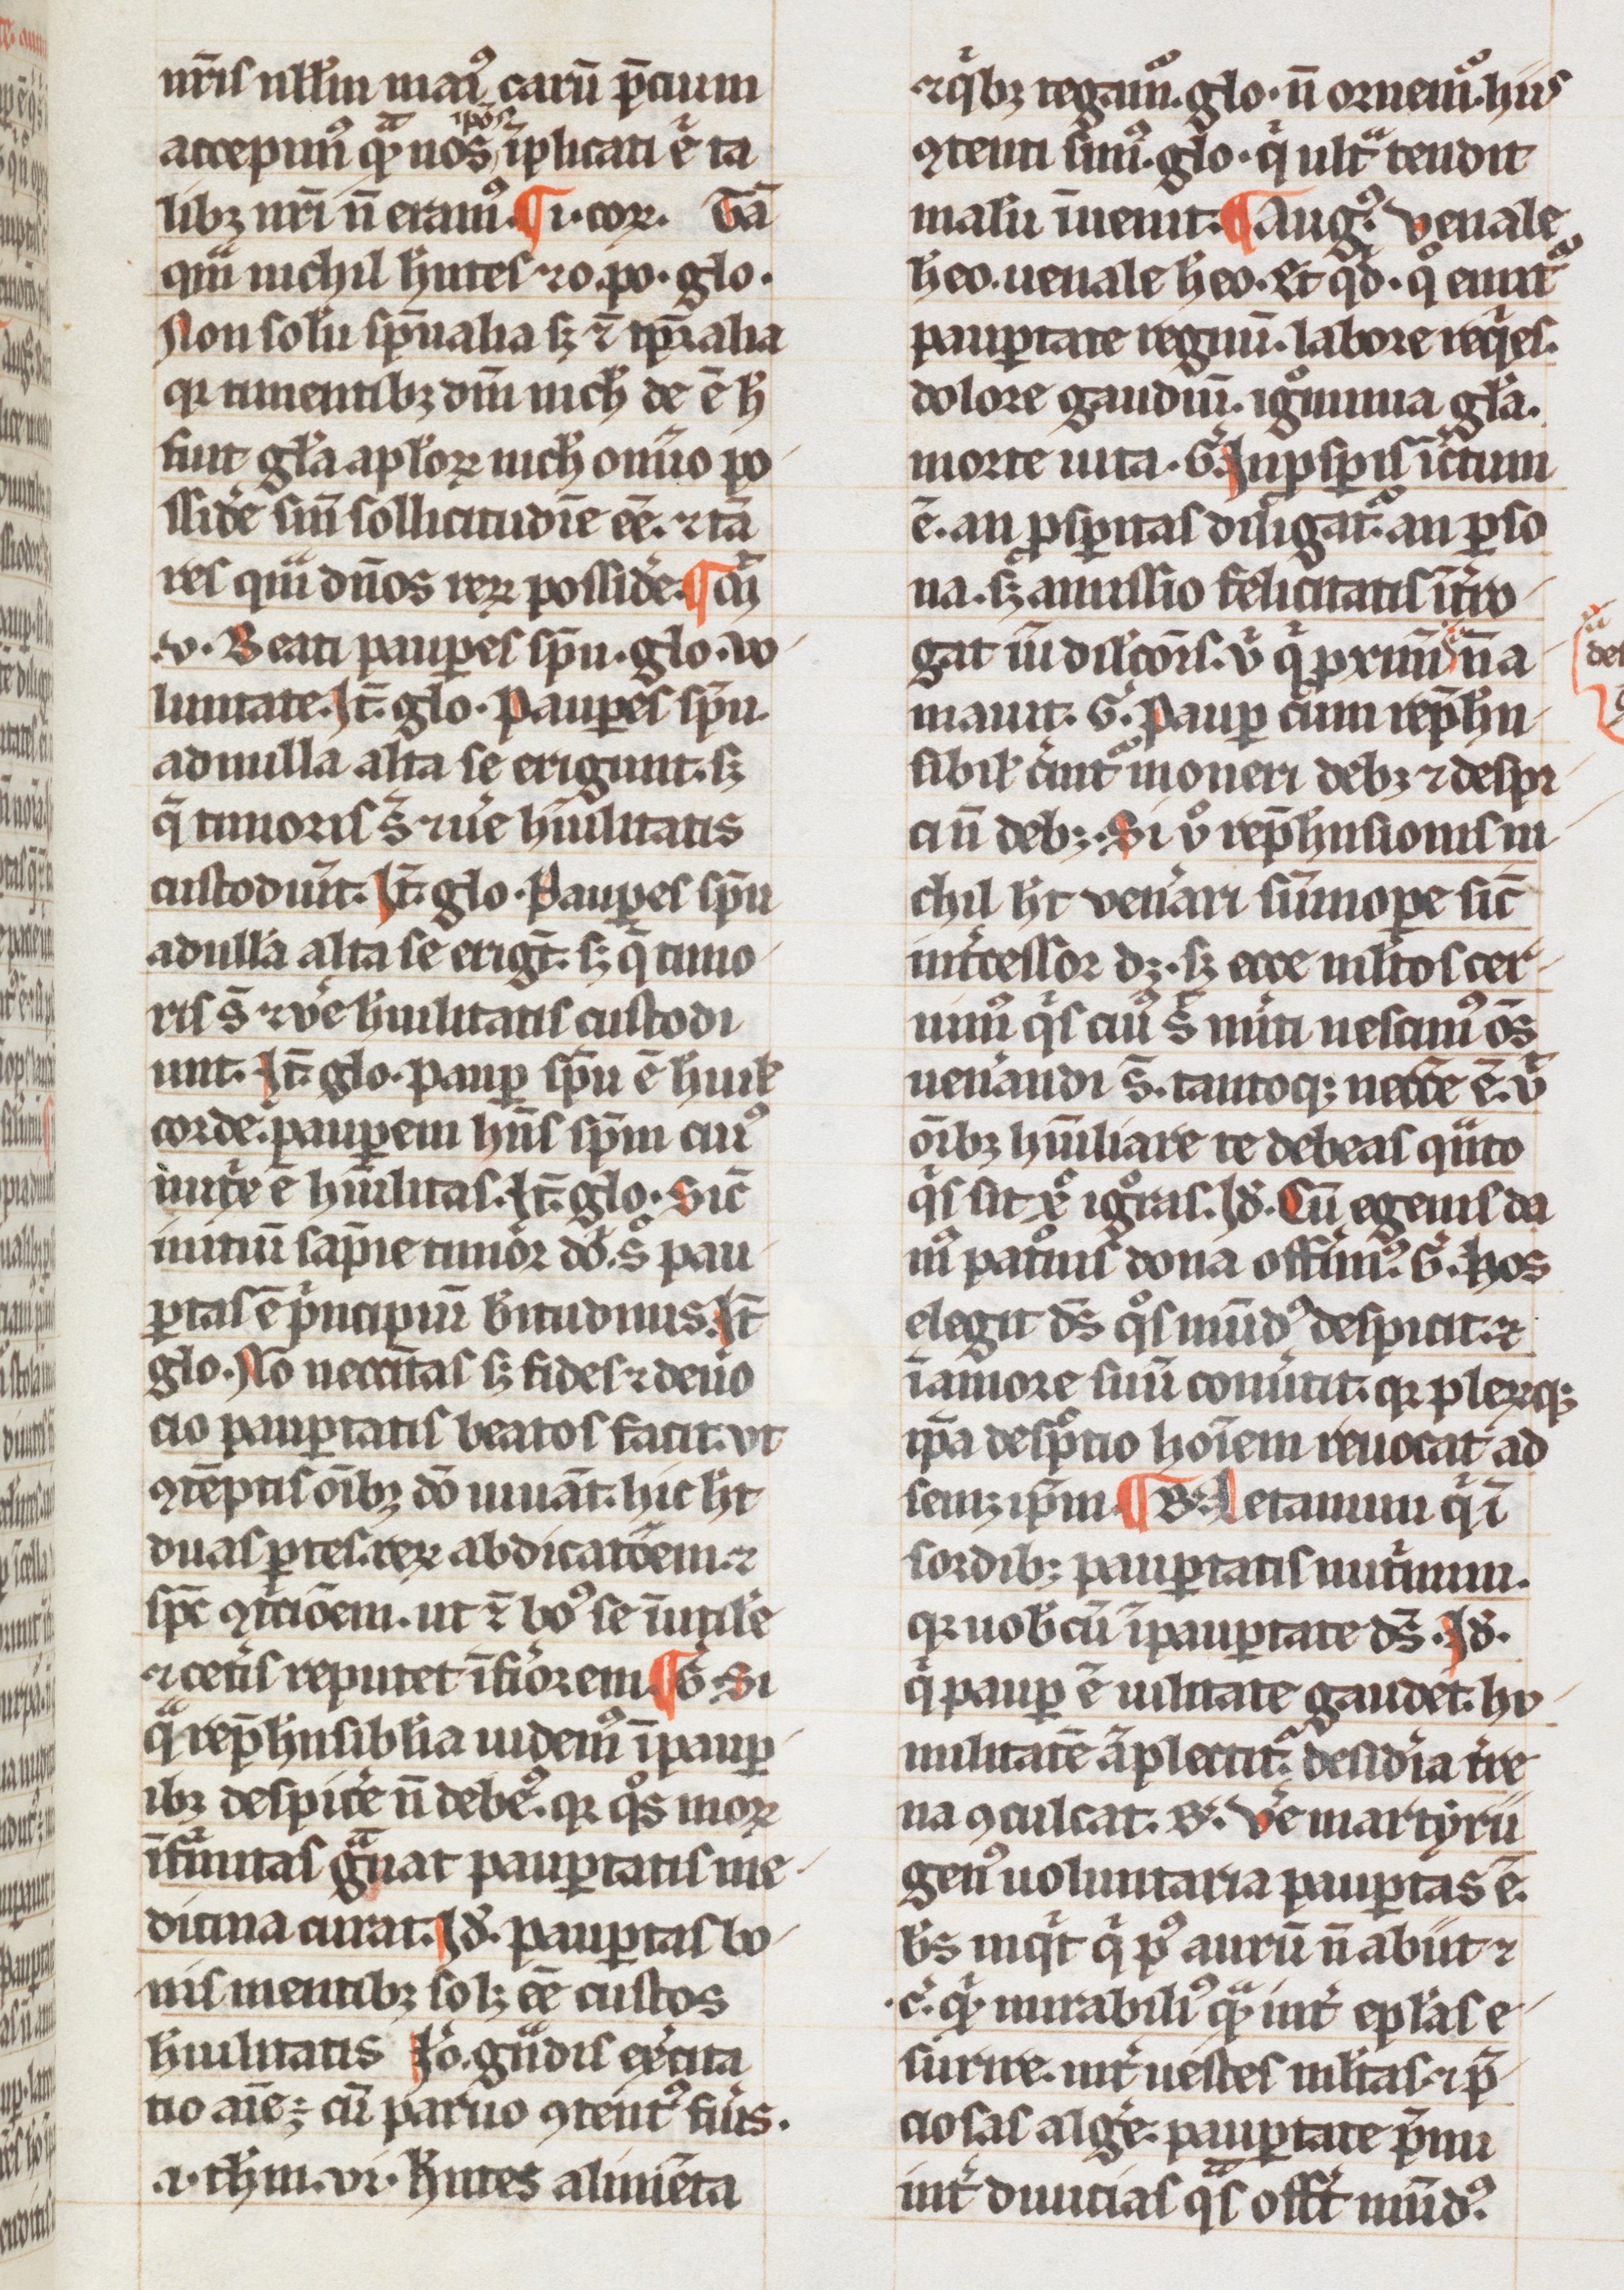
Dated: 1200–1399